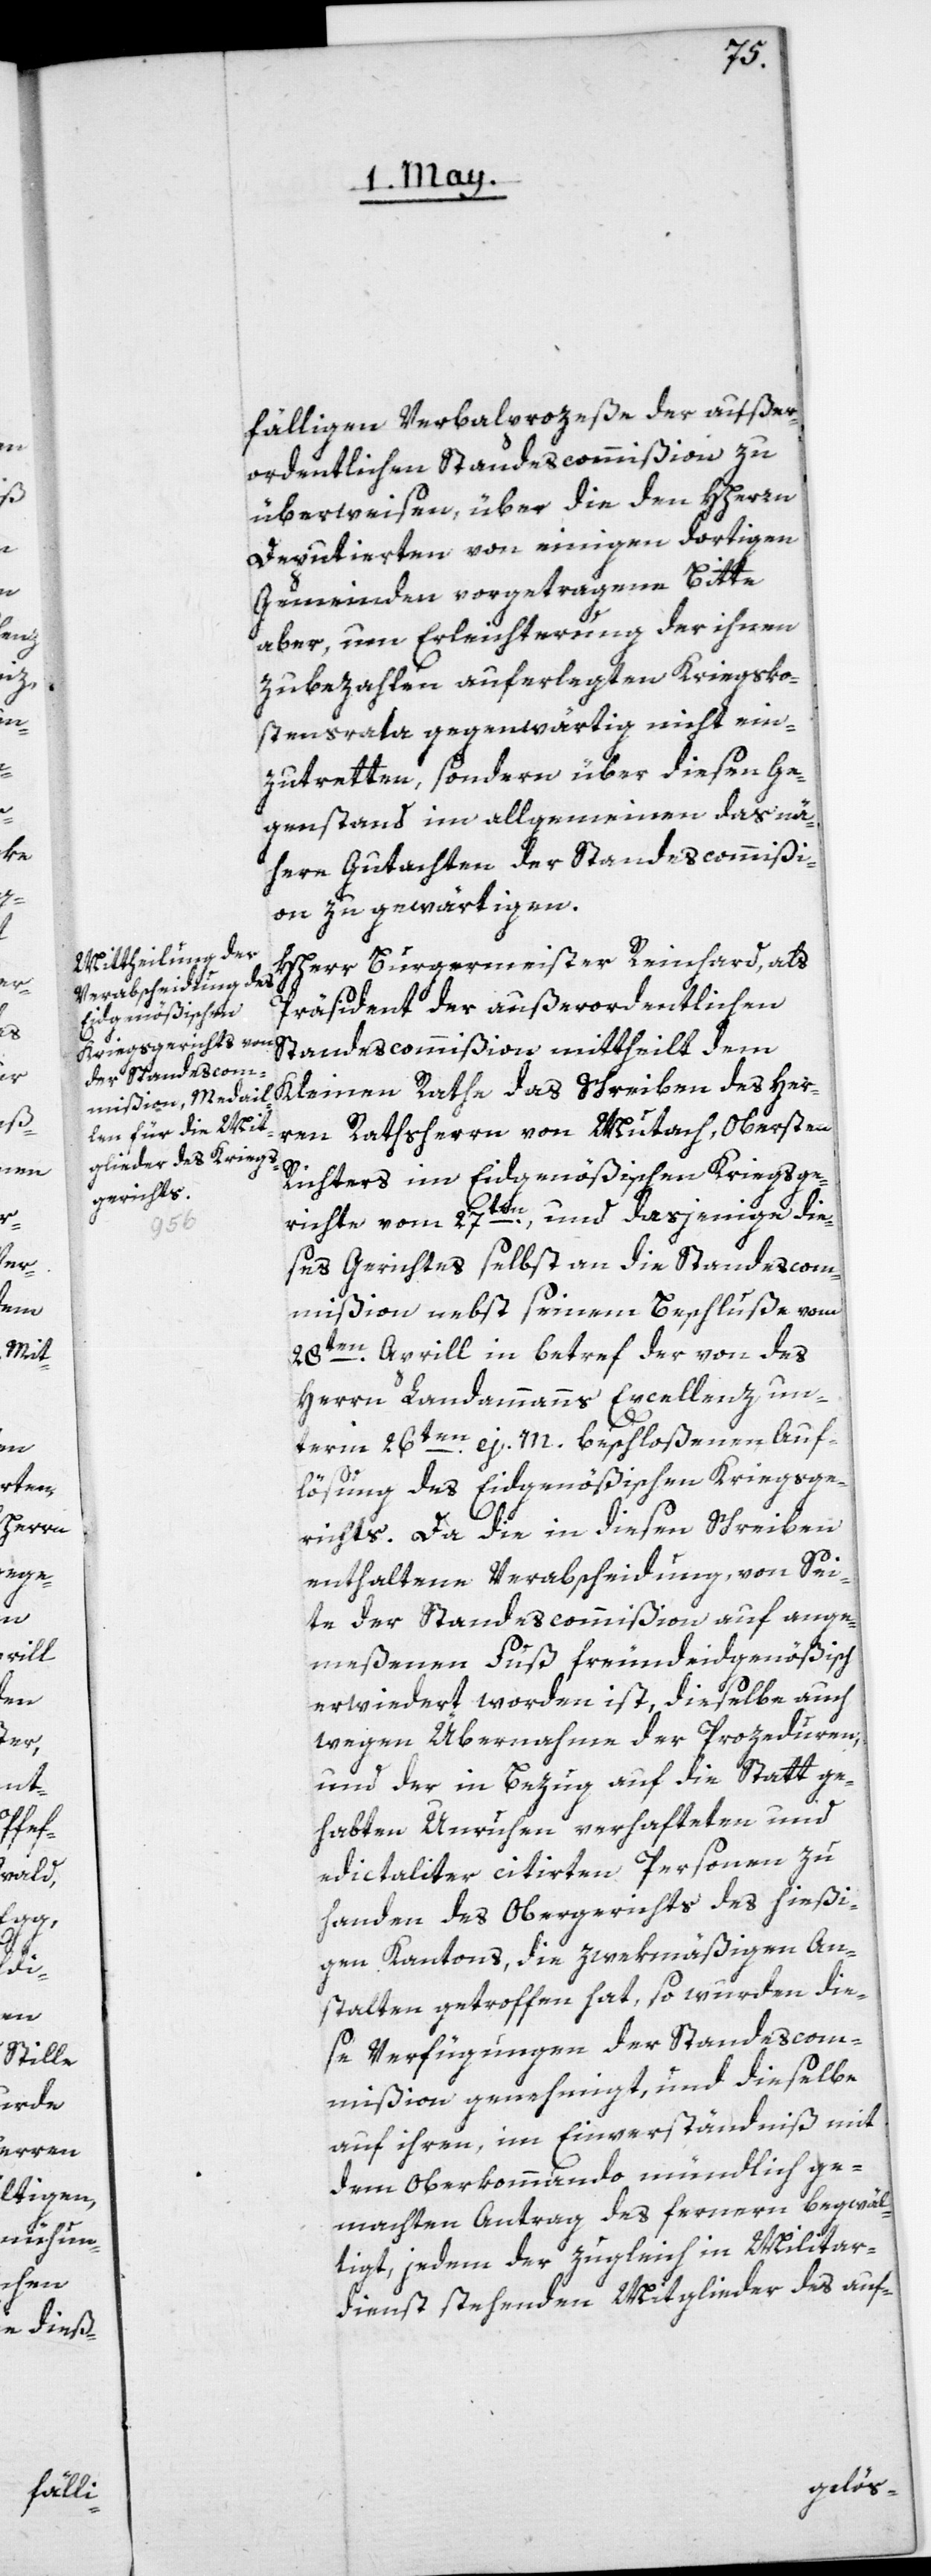
fälligen Verbalprozeße der außer¬
ordentlichen Standescommißion zu
überweisen, über die den HHerren
Deputierten von einigen dortigen
Gemeinden vorgetragene Bitte
aber, um Erleichterung der ihnen
zubezahlen auferlegten Kriegsko¬
stenrata gegenwärtig nicht ein¬
zutretten, sondern über diesen Ge¬
genstand im Allgemeinen das nä¬
here Gutachten der Standescommißi¬
on zu gewärtigen.
HHerr Burgermeister Reinhard, als
Präsident der außerordentlichen
Standescommißion mittheilt dem
Kleinen Rathe das Schreiben des Her¬
ren Rathsherrn von Mutach, Obersten
Richters im Eidgenößischen Kriegsge¬
richte vom 27ten, und dasjenige die¬
ses Gerichtes selbst an die Standescom¬
mißion nebst seinem Beschluße vom
28ten Aprill in betref der von des
Herrn Landammanns Excellenz un¬
term 26ten ej. M. beschloßenen Auf¬
lösung des Eidgenößischen Kriegsge¬
richts. Da die in diesem Schreiben
enthaltene Verabscheidung von Sei¬
te der Standescommißion auf ange¬
meßenen Fuß freundeidgenößisch
erwiedert worden ist, dieselbe auch
wegen Übernahme der Prozeduren,
und der in Bezug auf die Statt ge¬
habten Unruhen verhafteten und
edictaliter citirten Personen zu
Handen des Obergerichts des hießi¬
gen Kantons, die zwekmäßigen An¬
stalten getroffen hat, so wurden die¬
se Verfügungen der Standescom¬
mißion genehmigt und dieselbe
auf ihren, im Einverständniß mit
dem Oberkommando mündlich ge¬
machten Antrag des fernern begwäl¬
tigt, jedem der zugleich in Militar¬
dienst stehenden Mitglieder des auf-